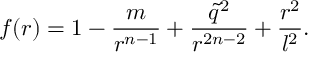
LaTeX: f ( r ) = 1 - \frac { m } { r ^ { n - 1 } } + \frac { \tilde { q } ^ { 2 } } { r ^ { 2 n - 2 } } + \frac { r ^ { 2 } } { l ^ { 2 } } .